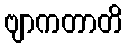
ဗျာကတာတိ